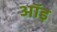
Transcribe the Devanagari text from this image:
ऑइ